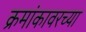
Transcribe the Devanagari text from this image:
क्रमांकावरच्या